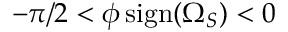
- \pi / 2 < \phi \, \mathrm { s i g n } ( \Omega _ { S } ) < 0